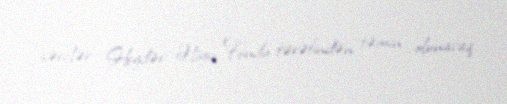
xərclər Heydər Əliyev Fondu tərəfindən təmin olunacaq.